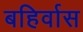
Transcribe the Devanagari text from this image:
बहिर्वास